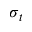
\sigma _ { t }